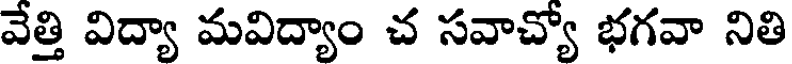
వేత్తి విద్యా మవిద్యాం చ సవాచ్యో భగవా నితి